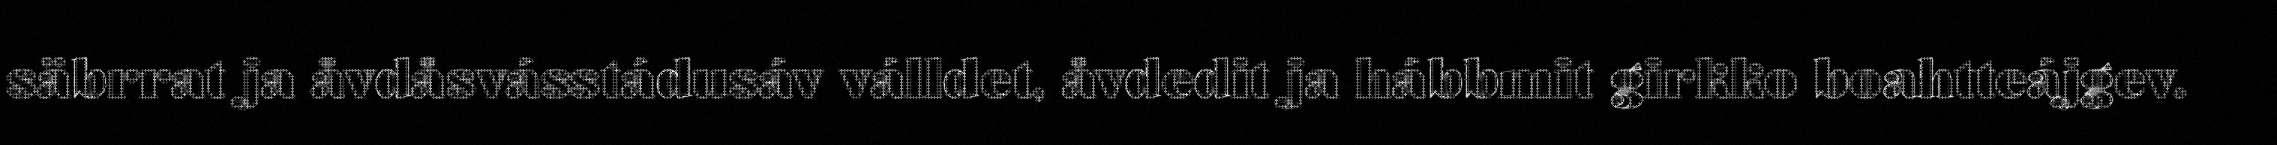
säbrrat ja åvdåsvásstádusáv válldet, åvdedit ja hábbmit girkko boahtteájgev.